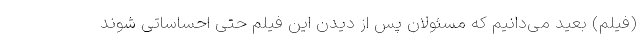
(فیلم) بعید می‌دانیم که مسئولان پس از دیدن این فیلم حتی احساساتی شوند